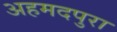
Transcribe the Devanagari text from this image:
अहमदपुरा